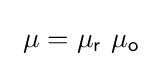
\ \mu =\mu _{\mathsf {r}}\ \mu _{\mathsf {o}}~